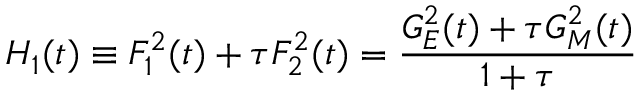
H _ { 1 } ( t ) \equiv F _ { 1 } ^ { 2 } ( t ) + \tau F _ { 2 } ^ { 2 } ( t ) = \frac { G _ { E } ^ { 2 } ( t ) + \tau G _ { M } ^ { 2 } ( t ) } { 1 + \tau }